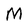
Character: M